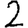
Digit: 2